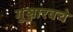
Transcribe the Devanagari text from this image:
गुञ्जारवचे